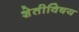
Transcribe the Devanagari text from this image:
शेतीविषय